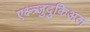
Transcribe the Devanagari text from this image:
एक्ष्त्र्जुदुकिअल